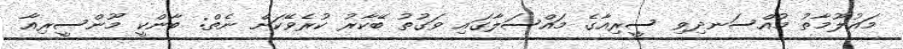
މައުލޫމާތު މުއްސަނދިވި ސީރިއާގެ މައްސަލާގައި ވަގުތު ބޭކާރު ކުރެވޭކަށް ނެތް: ބާންކީ މޫންސީރިއާ